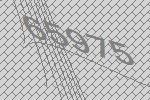
65975